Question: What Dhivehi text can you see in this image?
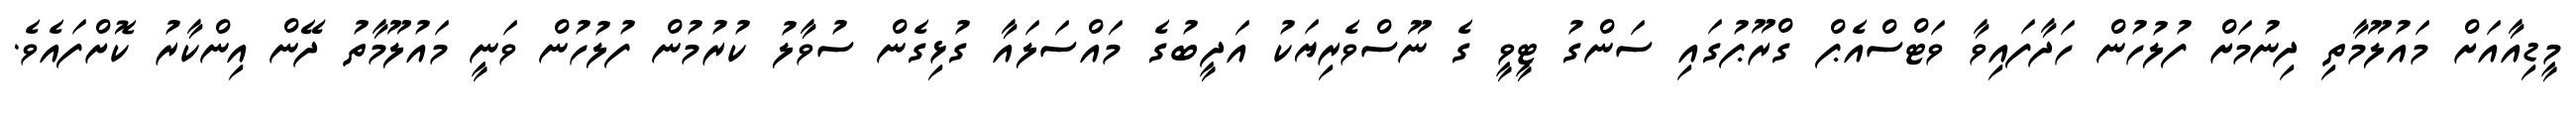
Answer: މީޑިއާއަށް މައުލޫމާތި ދިނުމަށް ފުލުހުން ހަދާފައިވާ ވަޓްސްއެޕް ގްރޫޕުގައި ސަންގު ޓީވީ ގެ ނޫސްވެރިޔަކު އަދީބުގެ މައްސަލައާ ގުޅިގެން ސުވާލު ކުރުމުން ފުލުހުން ވަނީ މައުލޫމާތު ދޭން އިންކާރު ކޮށްފައެވެ.